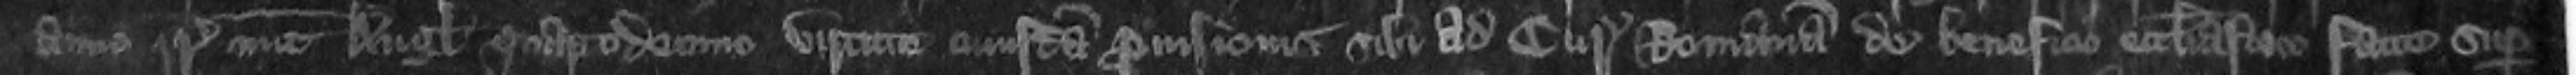
anno regni Regis nunc Anglie quartodecimo virtute cuiusdam provisionis sibi ad Curiam Romanam de beneficia ecclesiastico facte super